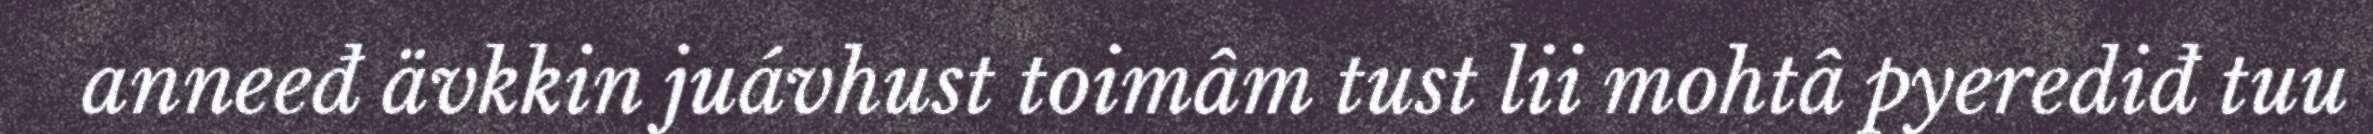
anneeđ ävkkin juávhust toimâm tust lii mohtâ pyerediđ tuu